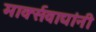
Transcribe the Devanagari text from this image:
मार्क्‍सवाद्यांनी